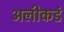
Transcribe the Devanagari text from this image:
अलीकडं